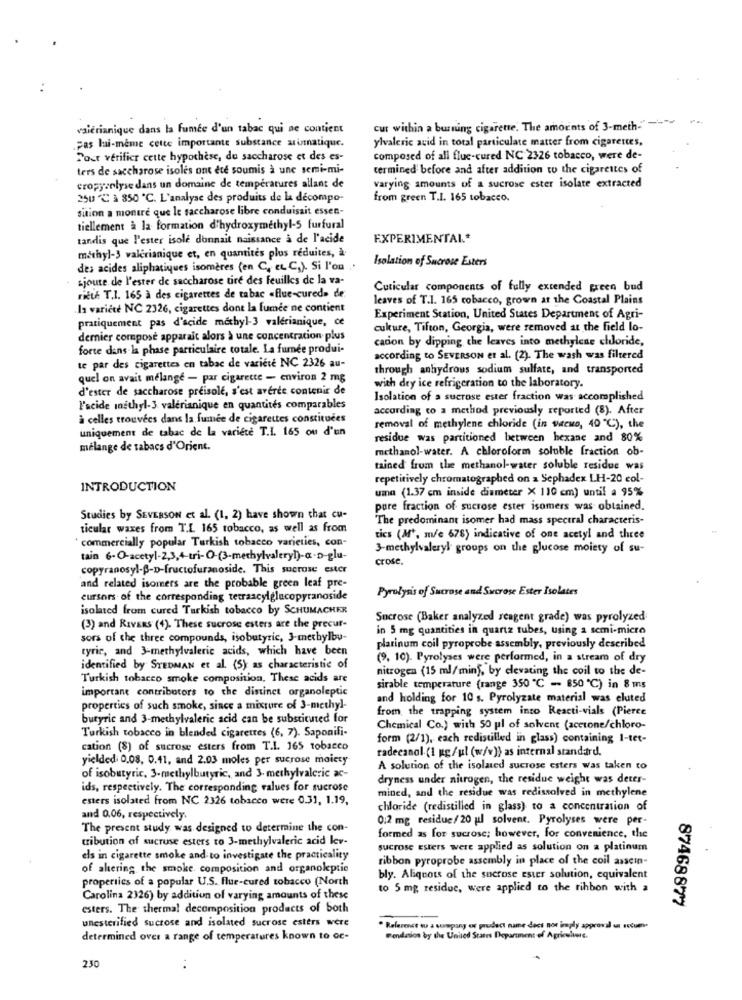
valerianique dans la fumée d'un tabac qui ne contient
cur within a burning cigarette. The amounts of 3-meth-"-"
ylvaleric acid in total particulate matter from cigarettes,
Fas lui-même cette importante substance arinnatique.
Pour vérifier cette hypothèse, du saccharose et des es-
composed of all fluc-cured NC 2326 tobacco, were de-
ters de saccharose isolés ont ete soumis à une semi-mi-
termined before and after addition to the cigarettes of
varying amounts of a sucrose ester isolate extracted
cropyarlyse dans un domaine de températures allant de
250 ℃ à 350 ℃. L'analyse des produits de la décompo-
from green T.I. 165 tobacco.
sition a montre que le saccharose libre conduisait essen-
tiellement à la formation d'hydroxymethyl-5 furfural
tandis que l'ester isole donnait naissance a de l'acide
EXPERIMENTAL .*
methyl-3 valerianique et, en quantités plus réduites, à
Isolation of Sucrose Esters
des acides aliphatiques isomères (en C, et C.). Si l'on ..
ajoute de l'ester de saccharose tire des feuilles de la va-
Cuticular components of fully extended green bud
rieth T.I. 165 à des cigarettes de tabac «flue-cured» de
leaves of T.I. 165 cobacco, grown at the Coastal Plains
In variete NC 2326, cigarettes dont la fumée ne contient
pratiquement pas d'acide methyl-3 valerianique, ce
Experiment Station, United States Department of Agri-
cukure, Tifton, Georgia, were removed at the field lo-
dernier composé apparait alors à une concentration plus
cacion by dipping the leaves into methylene chloride,
forte dans la phase particulaire totale. La fumée produi-
according to SEVERSON et al. (2). The wash was filtered
te par des cigarettes en tabac de variété NC 2326 au-
through anhydrous sodium sulfate, and transported
quel on avait mélange - par cigarette - environ 2 mg
d'ester de saccharose preisole, s'est averde contenir de
with dry ice refrigeration to the laboratory.
Isolation of a sucrose ester fraction was accomplished
l'acide methyl-3 valérianique en quantités comparables
according to a method previously reported (8). After
à celles trouvées dans la fumée de cigarettes constituées
uniquement de tabac de la variete T.I. 165 ou d'un
removal of methylene chloride (in weeks, 40 ℃), the
residue was partitioned between hexane and 80%
mélange de tabacs d'Orient.
methanol-water. A chloroform soluble fraction ob-
tained from the methanol-water soluble residue was
repetitively chromatographed on a Sephadex LH-20 col-
INTRODUCTION
uma (1.37 cm inside diameter X 110 cm) until a 95%
pure fraction of sucrose ester isomers was obtained.
Studies by SEVERSON et al. (1. 2) have shown that cu-
"The predominant isomer had mass spectral characteris-
ticular waxes from T.L 165 tobacco, as well as from
'commercially popular Turkish tobacco varieties, con-
tics (M', m/e 678) indicative of one acetyl and three
3-methylvaleryl groups on the glucose moiety of su-
tain 6-O-acetyl-2,3,4-tri-O-(3-methylvalery!)-a-D-glu-
crose,
copyranosyl-B-D-fructofuranoside. This sucrose ester
and related isomers are the probable green leaf pre-
Pyrolysis of Sucrose and Sucrose Ester Isolates
cursors of the corresponding tetraacylglucopyranoside
isolated from cured Turkish tobacco by SCHUMACHER
Sucrose (Baker analyzed reagent grade) was pyrolyzed
(3) and RIVERS (4). These sucrose esters are the precur-
in 5 mg quantities in quartz tubes, using a semi-micro
sors of the three compounds, isobutyric, 3-methylby-
tyric, and 3-methylvalerie acids, which have been
platinum coil pyroprobe assembly, previously described
(9, 10). Pyrolyses were performed, in a stream of dry
identified by STEDMAN et al. (5) as characteristic of
nitrogen (15 ml/min), by elevating the coil to the de-
Turkish tobacco smoke composition, These acids are
important contributors to the distinct organoleptic
sirable temperature (range 350 ℃ - 850 ℃) in 8 ms
and holding for 10 s. Pyrolyzate material was eluted
properties of such smoke, since a mixture of 3-methyl-
from the trapping system into Reacti-vials (Pierce
butyric and 3-methylvaleric acid can be substituted for
Chemical Co.) with 50 pl of solvent (acetone/chloro-
Turkish tobacco in blended cigarettes (6, 7). Saponifi-
form (2/1), each redistilled in glass) containing 1-tet-
cation (8) of sucrose esters from T.I. 165 tobacco
radecanol. (1 ug/ul (w/v)) as internal standard.
yielded: 0.08. 0.41, and 2.03 moles per sucrose moiety
A solution of the isolated sucrose esters was taken to
of isobutyric, 3-methylbutyric, and 3- methylvaleric ac-
dryness under nitrogen, the residue weight was deter-
ids, respectively. The corresponding values for sucrose
esters isolated from NC 2326 tobacco were 0.31, 1.19,
mined, and the residue was redissolved in methylene
chloride (redistilled in glass) to a concentration of
and 0.06, respectively.
0,2 mg residue/20 ul solvent. Pyrolyses were per-
The present study was designed to determine the con-
tribution of sucruse esters to 3-methylvaleric acid lev-
formed as for sucrose; however, for convenience, the
sucrose Esters were applied as solution on a platinum
els in cigarette smoke and to investigate the practicality
ribbon pyroprobe assembly in place of the coil asscin-
of akering the smoke. composition and organoleptie
properties of a popular U.S. flue-cured tobacco (North
bly. Aliquots of the sucrose ester solution, equivalent
to 5 mg residue, were applied to the ribbon with a
Carolina 2326) by addition of varying amounts of these
87468877
esters. The thermal decomposition products of both
unesterified sucrose and isolated sucrose esters were
--
Reference wu a company or prodect name does not imply approval u socum.
determined over a range of temperatures known to oc-
Fondation by the United States Department of Agriculture.
230